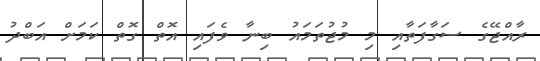
ރާއްޖޭގެ ސަގާފަތާއި މި މުޖުތަމައު ބިނާ ވެފައި އޮތް ގޮތް ކަމަށް އަބްދު